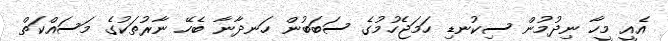
އެއީ މީހާ ނިދުމުން ސިކުނޑި ހަމަޖެހުމުގެ ސަބަބުން ހަނދާނާ ބެހޭ ނާރުތަކުގެ މަސައްކަތް